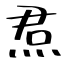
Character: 焄